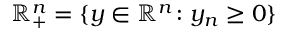
\mathbb { R } _ { + } ^ { n } = \{ y \in \mathbb { R } ^ { n } \colon y _ { n } \geq 0 \}